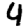
Digit: 4